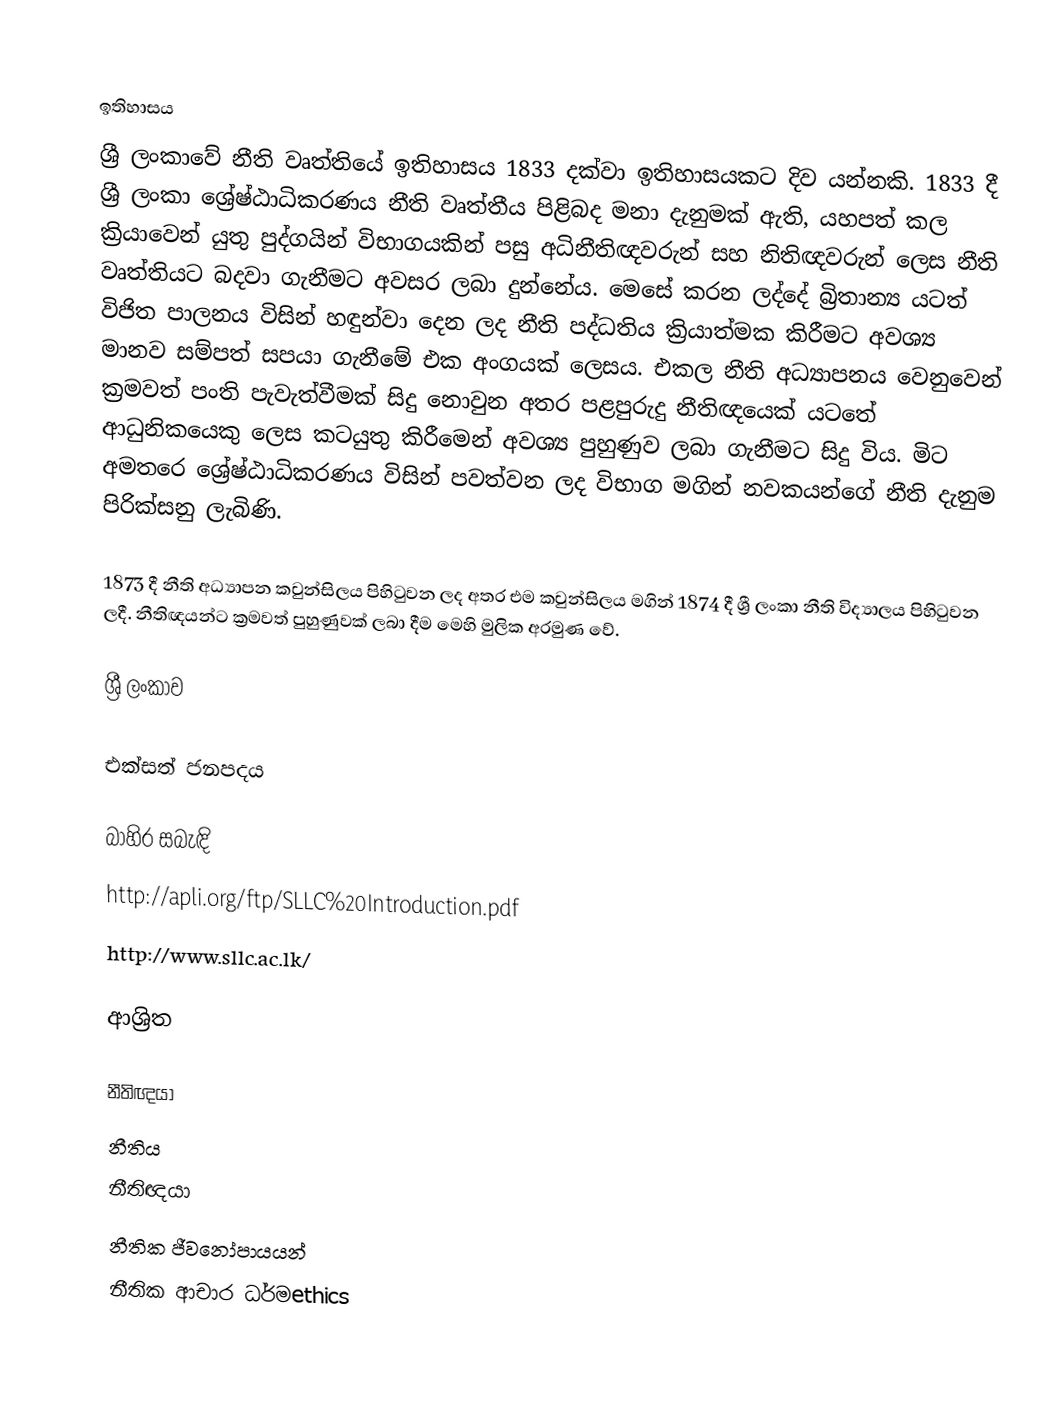

ඉතිහාසය
ශ්‍රී ලංකාවේ නීති වෘත්තියේ ඉතිහාසය 1833 දක්වා ඉතිහාසයකට දිව යන්නකි. 1833 දී ශ්‍රී ලංකා ශ්‍රේෂ්ඨාධිකරණය නීති වෘත්තීය පිළිබද මනා දැනුමක් ඇති, යහපත් කල ක්‍රියාවෙන් යුතු පුද්ගයින් විභාගයකින් පසු අධිනීතිඥවරුන් සහ නිතිඥවරුන් ලෙස නීති වෘත්තියට බදවා ගැනීමට අවසර ලබා දුන්නේය. මෙ‍සේ කරන ලද්දේ බ්‍රිතාන්‍ය  යටත් විජිත පාලනය විසින් හඳුන්වා දෙන ලද නීති පද්ධතිය ක්‍රියාත්මක කිරීමට අවශ්‍ය මානව සම්පත් සපයා ගැනීමේ එක අංගයක් ලෙසය. එකල නීති අධ්‍යාපනය වෙනුවෙන් ක්‍රමවත් පංති පැවැත්වීමක් සිදු නොවුන අතර පළපුරුදු නීතිඥයෙක් යටතේ ආධුනිකයෙකු ලෙස කටයුතු කිරීමෙන් අවශ්‍ය පුහුණුව ලබා ගැනීමට සිදු විය. මිට අමතරෙ ශ්‍රේෂ්ඨාධිකරණය විසින් පවත්වන ලද විභාග මගින් නවකයන්ගේ නීති දැනුම පිරික්සනු ලැබිණි.

1873 දී නීති අධ්‍යාපන කවුන්සිලය පිහිටුවන ලද අතර එම කවුන්සිලය මගින් 1874 දී ශ්‍රී ලංකා නීති විද්‍යාලය පිහිටුවන ලදී.  නීතිඥයන්ට ක්‍රමවත් පුහුණුවක් ලබා දීම මෙහි මුලික අරමුණ වේ.

ශ්‍රී ලංකාව

එක්සත් ජනපදය

බාහිර සබැඳි
 http://apli.org/ftp/SLLC%20Introduction.pdf
 http://www.sllc.ac.lk/

ආශ්‍රිත

නීතිඥයා
නීතිය
නීතිඥයා
නීතික ජීවනෝපායයන්
නීතික ආචාර ධර්මethics